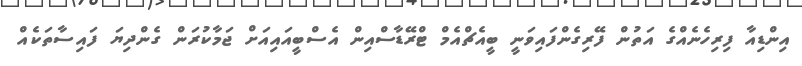
އިންޑިއާ ފިރިހެނެއްގެ އަތުން ފޭރިގެންފައިވަނީ ބީއެޗްއެމް ޓްރޭޑާސްއިން އެސްބީއައިއަށް ޖަމާކުރަން ގެންދިޔަ ފައިސާތަކެއް